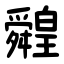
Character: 䑟